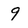
Character: 9